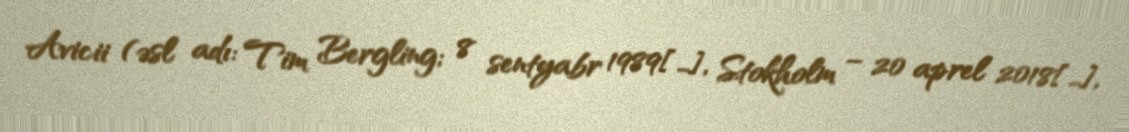
Avicii (əsl adı: Tim Bergling; 8 sentyabr 1989[…], Stokholm – 20 aprel 2018[…],